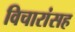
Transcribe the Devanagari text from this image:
विचारांसह